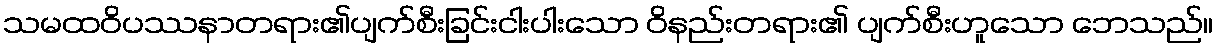
သမထဝိပဿနာတရား၏ပျက်စီးခြင်းငါးပါးသော ဝိနည်းတရား၏ ပျက်စီးဟူသော ဘေသည်။